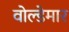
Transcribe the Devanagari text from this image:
वोल्डेमार